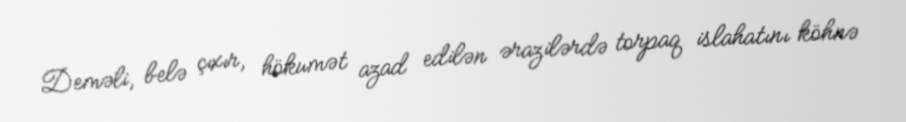
Deməli, belə çıxır, hökumət azad edilən ərazilərdə torpaq islahatını köhnə